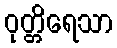
ဝုတ္တိရေသာ